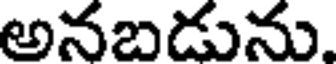
అనబడును.